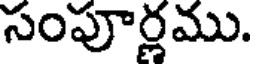
సంపూర్లము.